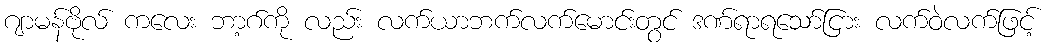
ဂျာမန်ဗိုလ် ကလေး ဘာ့ဂ်ကို လည်း လက်ယာဘက်လက်မောင်းတွင် ဒဏ်ရာရသော်ငြား လက်ဝဲလက်ဖြင့်